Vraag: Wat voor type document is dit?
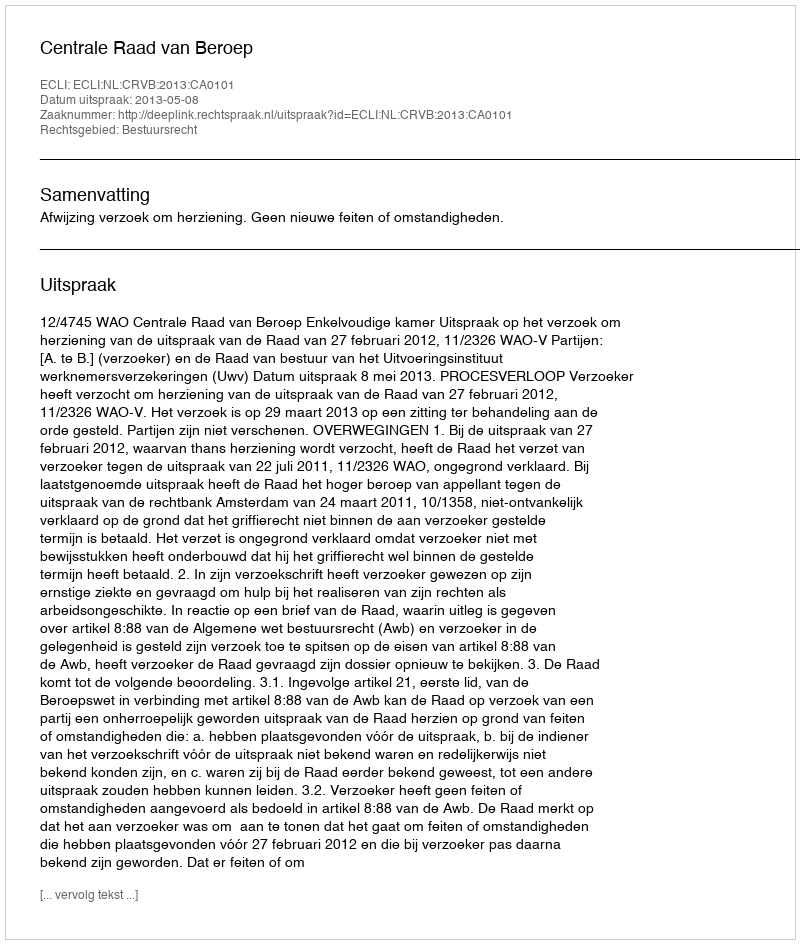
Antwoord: Uitspraak